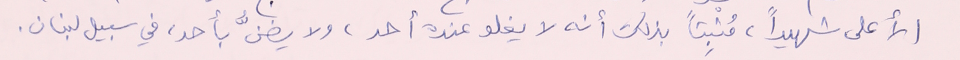
الأعلى شهيداً، مُثبِتاً بذلك أنه لا يغلو عنده أحد، ولا يضنُّ بأحد، في سبيل لبنان.